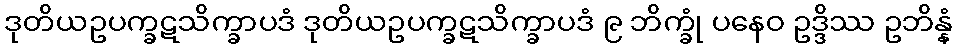
ဒုတိယဥပက္ခဋသိက္ခာပဒံ ဒုတိယဥပက္ခဋသိက္ခာပဒံ ၉ ဘိက္ခုံ ပနေဝ ဥဒ္ဒိဿ ဥဘိန္နံ